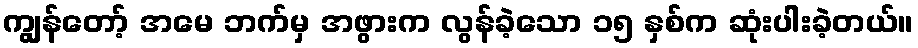
ကျွန်တော့် အမေ ဘက်မှ အဖွားက လွန်ခဲ့သော ၁၅ နှစ်က ဆုံးပါးခဲ့တယ်။